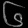
Digit: ၆